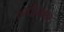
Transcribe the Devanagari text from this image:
रूपीनगर